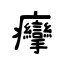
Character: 癴